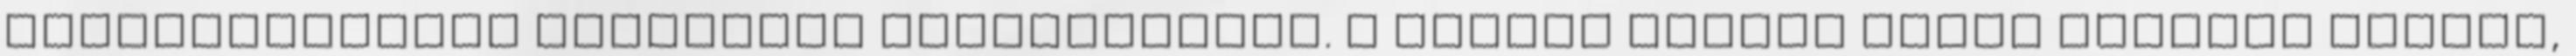
gyökértelenség túlsózott rögvalóságán. A nemzet gyomra ugyan mindent lenyel,